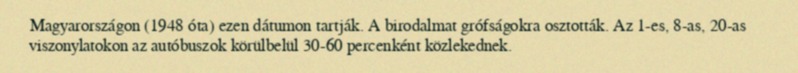
Magyarországon (1948 óta) ezen dátumon tartják. A birodalmat grófságokra osztották. Az 1-es, 8-as, 20-as viszonylatokon az autóbuszok körülbelül 30-60 percenként közlekednek.